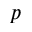
p